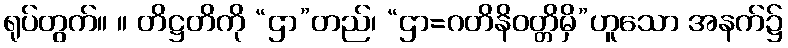
ရုပ်တွက်။ ။ တိဋ္ဌတိကို “ဌာ”တည်၊ “ဌာ=ဂတိနိဝတ္တိမှိ”ဟူသော အနက်၌